system: You are a helpful assistant.
user:
Analyze the provided spectrum to determine if it is a **White Dwarf (WD)**.

A White Dwarf spectrum is defined by its **extreme purity** (due to gravitational settling) and/or **extreme pressure broadening** (due to high surface gravity). You must check for one of the following mutually exclusive signatures:

- **Key Visual Indicators (Check for ONE of these types):**

    - **1. DA-Type Signature (Most Common):**
        - **(Primary Feature):** Extreme pressure broadening (Stark broadening) of the **Hydrogen (H) Balmer lines**.
        - **(Key Lines):** $H\beta$ (approx. $4861$ Å) and $H\gamma$ (approx. $4340$ Å). $H\alpha$ (approx. $6563$ Å) will also be present if the wavelength range covers it.
        - **(Line Profile):** This is the **defining feature**. The lines are **NOT** sharp. They appear as massive, **extremely broad and deep "troughs" or "dips"** in the spectrum, often hundreds of Ångströms wide. The continuum will appear to "scoop" down at these wavelengths.
        - **(Distinction):** Normal A-type or B-type stars have *narrow* and *sharp* Hydrogen lines. A DA White Dwarf's lines are unmistakably "smeared" or "blurry" from pressure.

    - **2. DB-Type Signature:**
        - **(Primary Feature):** Broad absorption lines from **Neutral Helium (He I)**. The spectrum must lack any visible Hydrogen lines.
        - **(Key Lines):** Look for broad absorption near $4471$ Å, $4921$ Å, and $5876$ Å.
        - **(Line Profile):** These lines are also significantly pressure-broadened, appearing much wider than they would in a normal B-type main-sequence star.

    - **3. DC-Type Signature:**
        - **(Primary Feature):** A **featureless continuous spectrum**.
        - **(Line Profile):** The spectrum is a smooth curve with **no significant absorption or emission lines**.
        - **(Key Confirmation):** The continuum is almost always **blue or white**, indicating a hot object. This signature implies the atmosphere is so pure (or so cool) that no spectral lines are visible in the optical range. Its WD identity is confirmed by its extremely low intrinsic brightness (high absolute magnitude).

    - **4. DZ-Type Signature (Metal-Polluted):**
        - **(Primary Feature):** **Isolated, narrow metal absorption lines** on an otherwise featureless (DC-like) continuum.
        - **(Key Lines):** The **Calcium (Ca II) H & K doublet** (approx. **$3934$ Å** and **$3968$ Å**) is the most common and defining feature.
        - **(Line Profile):** These lines are "out of place." They are *not* part of a "forest" of thousands of lines. This signature is evidence of recent *accretion* (pollution) from rocky debris.
        - **(Distinction):** Normal G/K/M stars have a *dense forest* of thousands of metal lines. A DZ has a *clean* continuum with *only a few* strong metal lines.

    - **5. DQ-Type Signature (Carbon-Polluted):**
        - **(Primary Feature):** Absorption bands from **Carbon (C₂ "Swan Bands" or atomic C I)**.
        - **(Key Lines - C₂):** Look for bandheads with a "saw-tooth" shape near $5635$ Å, **$5165$ Å** (strongest), and $4737$ Å.
        - **(Key Confirmation):** The underlying **continuum must be blue or white** (hot).
        - **(Distinction):** This is the critical difference from a **Carbon Star**, which has the *exact same* C₂ bands but on an extremely **red, cool** continuum.

- **(Overall Spectrum):**
    - The continuum (overall shape) is typically **blue-sloping** (brighter in the blue than the red), as most white dwarfs are very hot.
    - The spectrum will look "pure" or "simple," dominated by only *one* of the five signatures listed above.

Think first, call **spectral_visualization_tool** if needed to examine features in detail, then provide your final answer. Your response must adhere to the following strict rules:
1.  **Overall Structure:** Your response must follow the format `<think>...</think> <tool_call>...</tool_call> (if a tool is used) <answer>...</answer>`.
2.  **Tool Usage Constraint:** You may only make **one** tool call per turn.
3.  **Final Answer Format:** In the `<answer>` tag, your conclusion must be inside a `\boxed{}` command (e.g., `\boxed{YES}` or `\boxed{NO}`), followed by your justification.

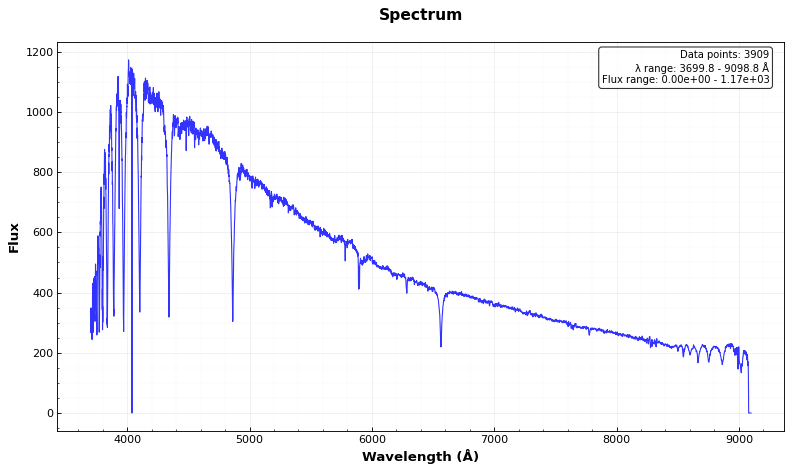
Answer: NO